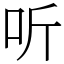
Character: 听